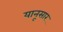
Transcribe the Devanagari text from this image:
यानूसार